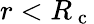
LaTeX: r<{R_{\mathrm{~c~}}}